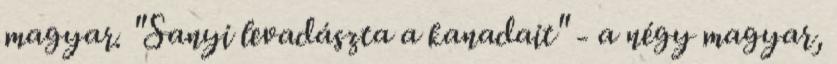
magyar. "Sanyi levadászta a kanadait" - a négy magyar,